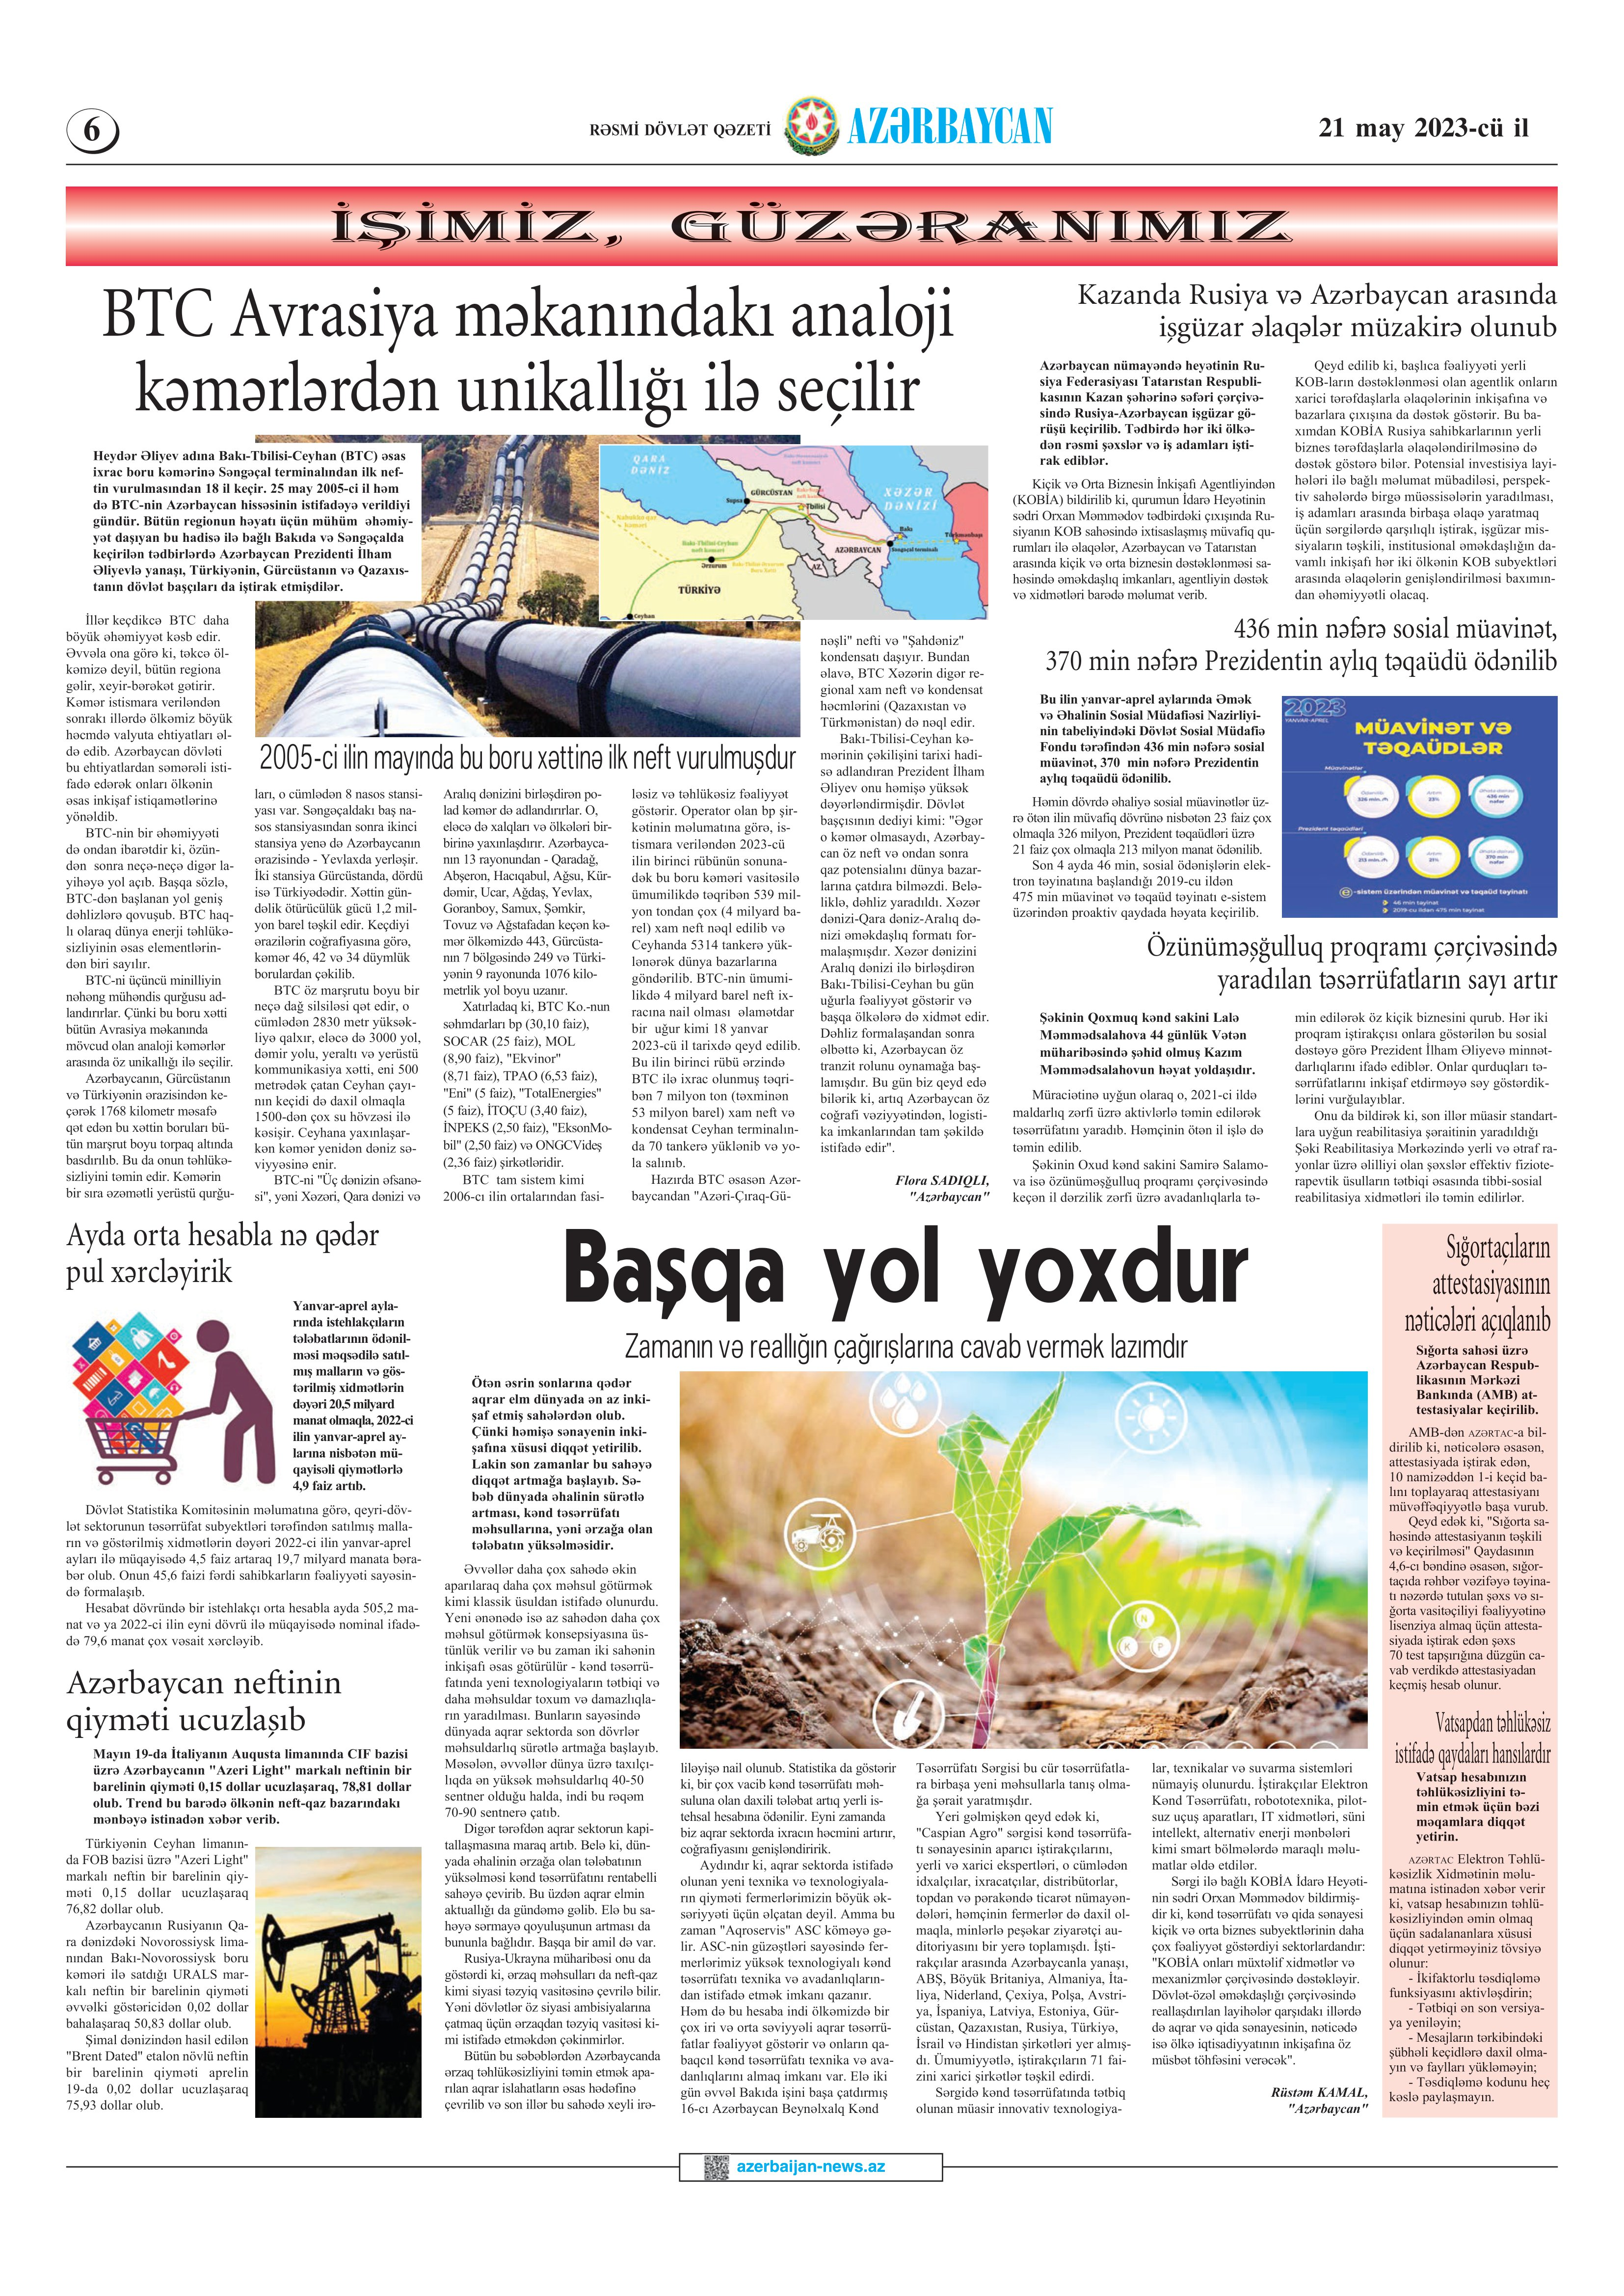
Language: az